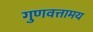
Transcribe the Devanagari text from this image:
गुणवत्तामय